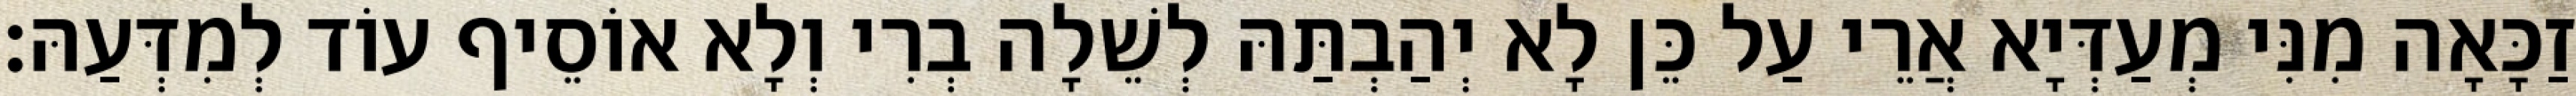
זַכָּאָה מִנִּי מְעַדְּיָא אֲרֵי עַל כֵּן לָא יְהַבְתַּהּ לְשֵׁלָה בְרִי וְלָא אוֹסֵיף עוֹד לְמִדְּעַהּ׃